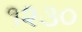
૧૨૩૦